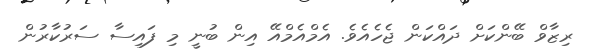
ރިޒާވް ބޭންކަށް ދައްކަން ޖެހެއެވެ. އެމްއެމްއޭ އިން ބުނީ މި ފައިސާ ސަރުކާރުން